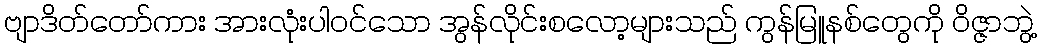
ဗျာဒိတ်တော်ကား အားလုံးပါ၀င်သော အွန်လိုင်းစလော့များသည် ကွန်မြူနစ်တွေကို ဝိဇ္ဇာဘွဲ့